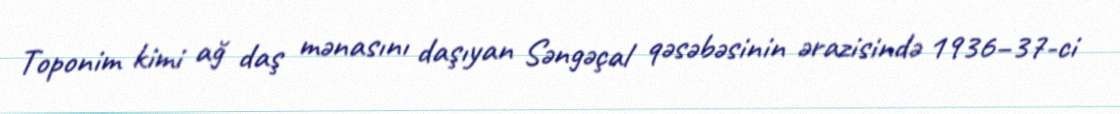
Toponim kimi ağ daş mənasını daşıyan Səngəçal qəsəbəsinin ərazisində 1936–37-ci